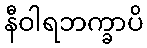
နီဝါရဘက္ခာပိ